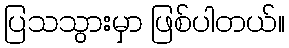
ပြသသွားမှာ ဖြစ်ပါတယ်။